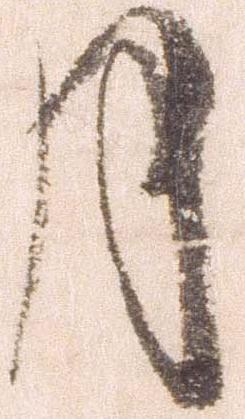
月